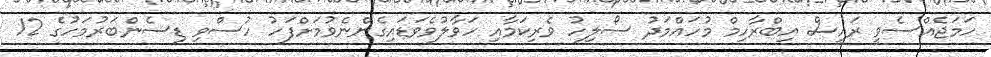
ހަމަޖެއްސެވީ ރައީސް އިބްރާހިމް މުހައްމަދު ސޯލިހު ވެރިކަމާއި ހަވާލުވެވަޑައިގެންނެވުމަށްފަހު ހުސްވި ޑިސެންބަރުމަހުގެ 12